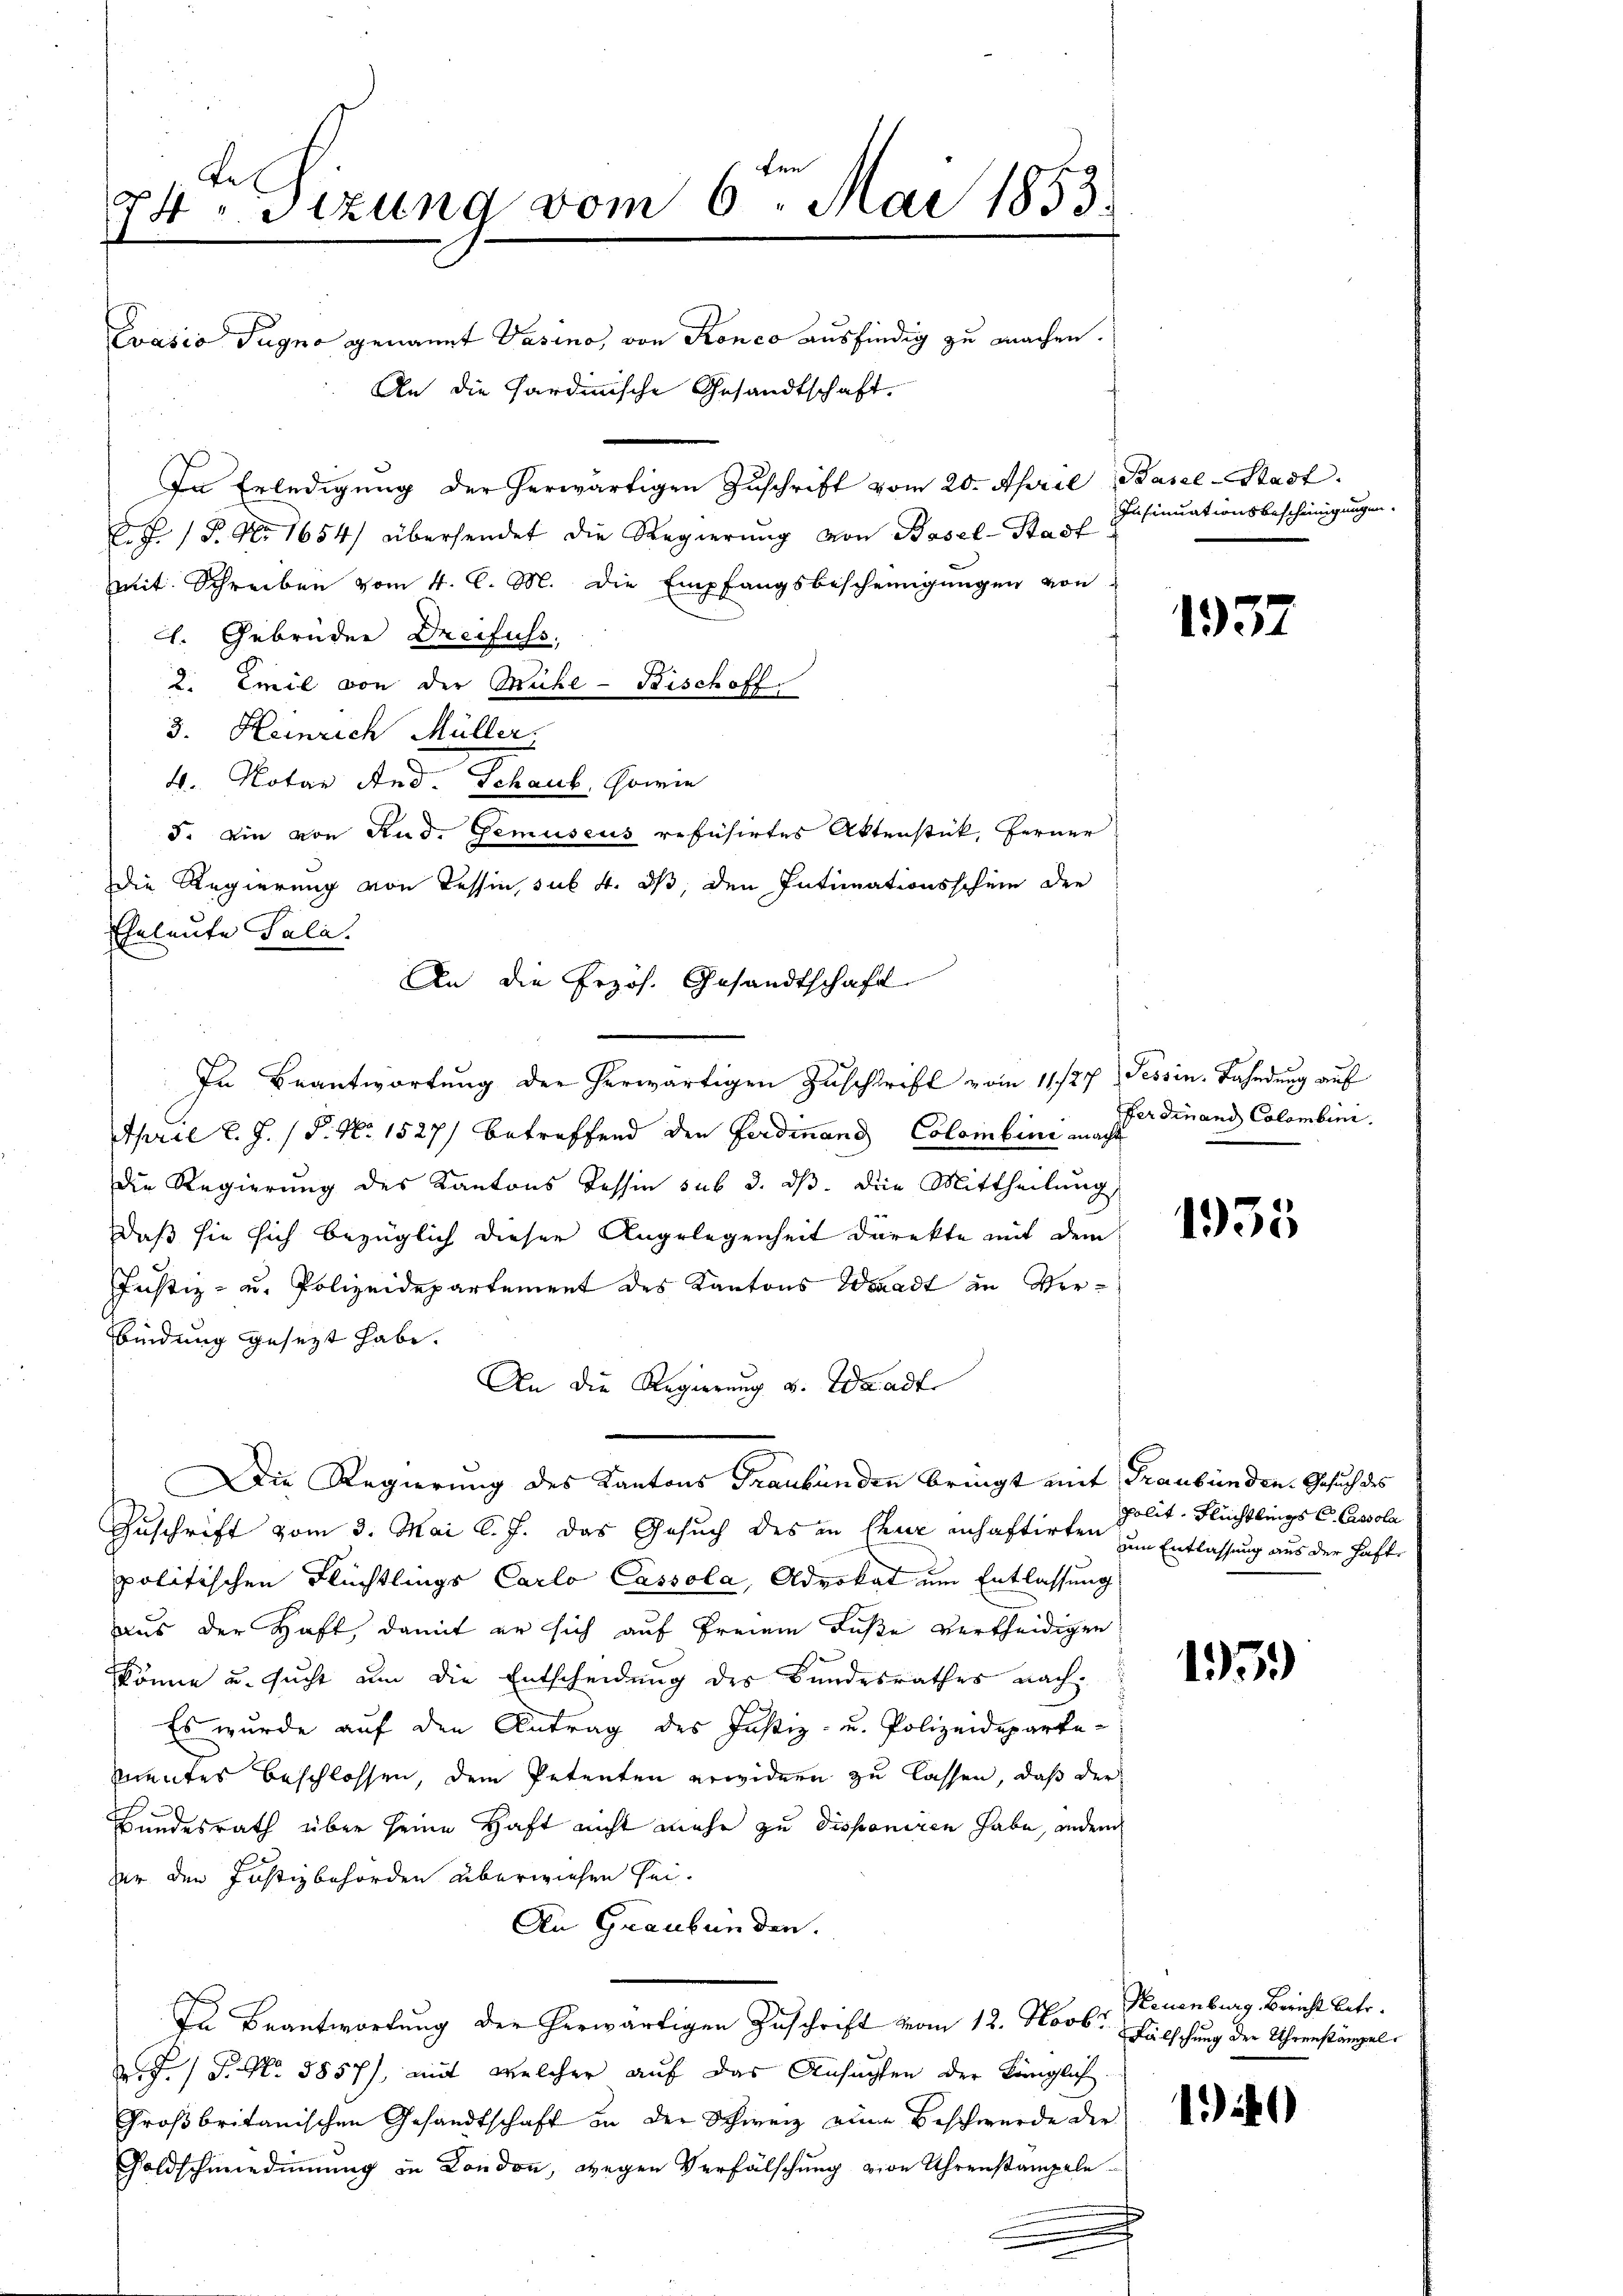
Le
44. Sizung vom 6ten Mai 1853.
.

Evasio Sugno genannt Vasino, von Ronco ausfindig zu machen.
An die Sardinische Gesandtschaft.
In Erledigŭng der herwärtigen Zŭschrift vom 20. April, Basel-Stadt.
C. J. P. Nr. 1654 übersendet die Regierung von Basel-Stadt
mit Schreiben vom 4. C. M. die Empfangsbescheinigungen von
H. Gebrüder Dreifuss.
2. Emil von der Mühl- Bischoff
3. Heinrich Müller.
4. Notar And. Schaus, sowie
5. Die von Rud. Gemuseus refüsirtes Aktenstück, Ferner
Die Regierung von Tessin, sub. 4. ds, den Intimationsschein der
Eheleute Pala
An die frzös. Gesandtschaft

In Beantwortung der herwärtigen Zuschrift vom 11/27. Tessin. Fahndung auf
April l. J. P. Nr. 1527) betreffend den Ferdinand Colombini macht
die Regierung des Kantons Tessin sub 3. dβ. Die Mittheilŭng
daß sie sich bezüglich dieser Angelegenheit direkte mit dem
Justiz- u. Polizeidepartement des Kantons Waadt in Verbindung gesezt habe.
An die Regierung v. Waadt.
Die Regierung des Kantons Frankunden bringt mit Graubünden Gesuch des
Zuschrift vom 3. Mai l. J. das Gesuch des in Chur anhaftirten um Entlassung aus der hafte
politischen Flüchtlings Carlo Cassola, Advokat um Entlassung
aus der Haft, damit er sich auf Freien Fuße vertheidigen
könne u. sucht um die Entscheidung des Bundesrathes nach.
Es wurde auf den Antrag des Justiz- u. Polizeideparte-
mentes beschlossen, dem Petenten erwidern zu lassen, daß der
Bundesrath über seine Haft nicht mehr zu disponiren habe, andern
zer den Justizbehörden überwiesen sei.
An Graubünden.
In Beantwortung der herwärtigen Zuschrift vom 12. Novbr. Fälschung der Uhrenstängel
./ P. No. 5857), mit welcher auf das Ansuchen der Königlich.
Großbritanischen Gesandtschaft in der Schweiz eine Beschwürde der
Goldschmiedinung in London, wegen Verfälschung von Uhrenstampeln

Insinuationsbescheinigungen.

1957

Ferdinand Colombini.

1935

polit, Flüchtlings C. Cissola

135)

Neuenburg Bericht betr.

11)